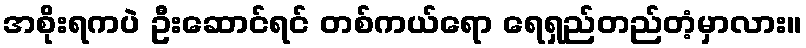
အစိုးရကပဲ ဦးဆောင်ရင် တစ်ကယ်ရော ရေရှည်တည်တံ့မှာလား။